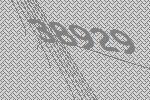
38929